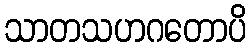
သာတသဟဂတောပိ